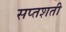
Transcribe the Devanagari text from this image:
सप्‍तशती